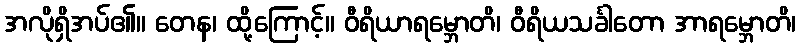
အလိုရှိအပ်၏။ တေန၊ ထို့ကြောင့်။ ဝီရိယာရမ္ဘောတိ၊ ဝီရိယသင်္ခါတော အာရမ္ဘောတိ၊